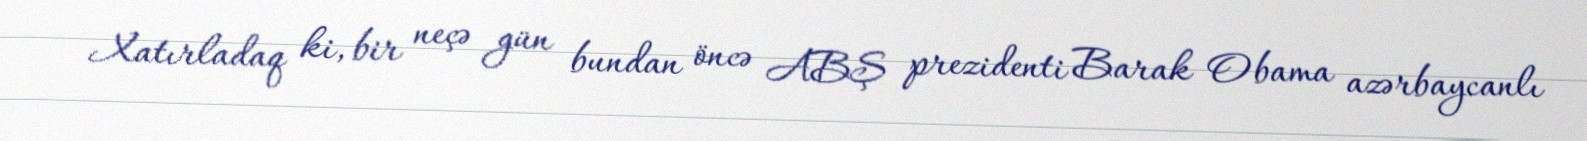
Xatırladaq ki, bir neçə gün bundan öncə ABŞ prezidenti Barak Obama azərbaycanlı